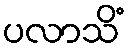
ပလာသိံ